Leaving Certificate Examination (including Day School Certificate (Higher) General paper), 1933
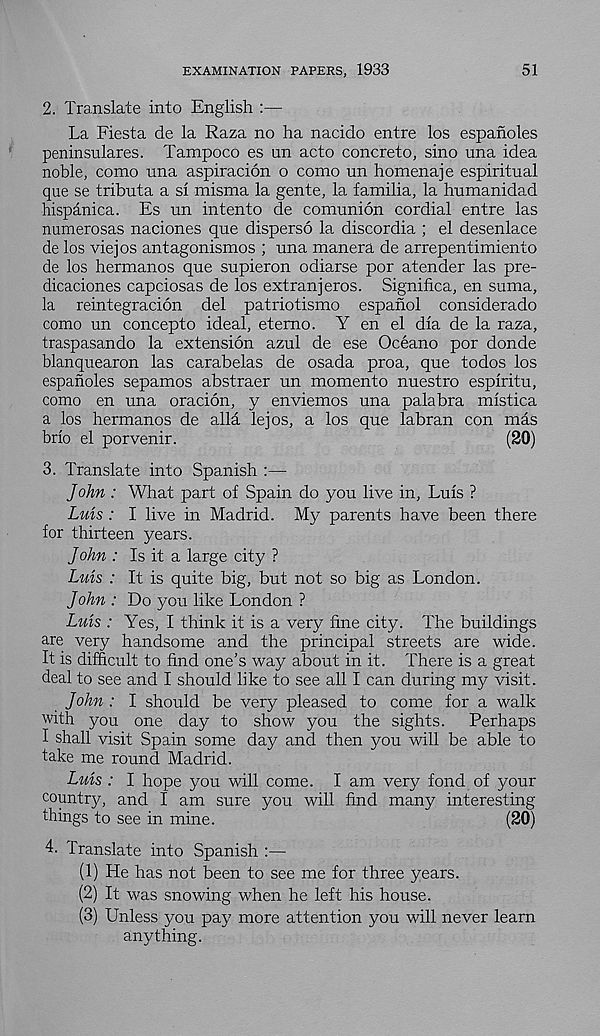
EXAMINATION PAPERS, 1933
51
2. Translate into English :—
La Fiesta de la Raza no ha nacido entre los espanoles
peninsulares. Tampoco es un acto concreto, sino una idea
noble, como una aspiracion o como un homenaje espiritual
que se tributa a si misma la gente, la familia, la humanidad
hispanica. Es un intento de comuni on cordial entre las
numerosas naciones que disperse la discordia ; el desenlace
de los viejos antagonismos ; una manera de arrepentimiento
de los hermanos que supieron odiarse por atender las pre-
dicaciones capciosas de los extranjeros. Significa, en suma,
la reintegracion del patriotismo espanol considerado
como un concepto ideal, etemo. Y en el dla de la raza,
traspasando la extension azul de ese Oceano por donde
blanquearon las carabelas de osada proa, que todos los
espanoles sepamos abstraer un memento nuestro espiritu,
como en una oracion, y enviemos una palabra mistica
a los hermanos de alld lejos, a los que labran con mds
brio el porvenir.
(20)
3. Translate into Spanish :—
John : What part of Spain do you live in, Luis ?
Luis : I live in Madrid. My parents have been there
for thirteen years.
John : Is it a large city ?
Luis : It is quite big, but not so big as London.
John : Do you like London ?
Luis : Yes, I think it is a very fine city. The buildings
are very handsome and the principal streets are wide.
It is difficult to find one’s way about in it. There is a great
deal to see and I should like to see all I can during my visit.
John : I should be very pleased to come for a walk
with you one day to show you the sights.
Perhaps
I shall visit Spain some day and then you will be able to
take me round Madrid.
Luis : I hope you will come. I am very fond of your
countr}q and I am sure you will find many interesting
things to see in mine.
(20)
4. Translate into Spanish :—
(1) He has not been to see me for three years.
(2) It was snowing when he left his house.
(3) Unless you pay more attention you will never learn
anything.